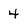
Character: 4